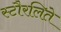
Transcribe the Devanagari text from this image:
स्टौरलिते